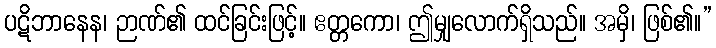
ပဋိဘာနေန၊ ဉာဏ်၏ ထင်ခြင်းဖြင့်။ ဧတ္တကော၊ ဤမျှလောက်ရှိသည်။ အမှိ၊ ဖြစ်၏။”